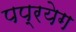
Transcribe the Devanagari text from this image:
पप्रयेग